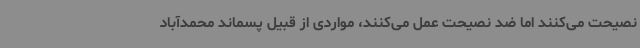
نصیحت می‌کنند اما ضد نصیحت عمل می‌کنند، مواردی از قبیل پسماند محمدآباد